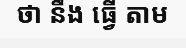
ថា នឹង ធ្វើ តាម